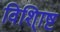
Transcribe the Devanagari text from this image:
विशि्ाष्ट